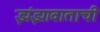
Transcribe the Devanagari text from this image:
झंझावाताची